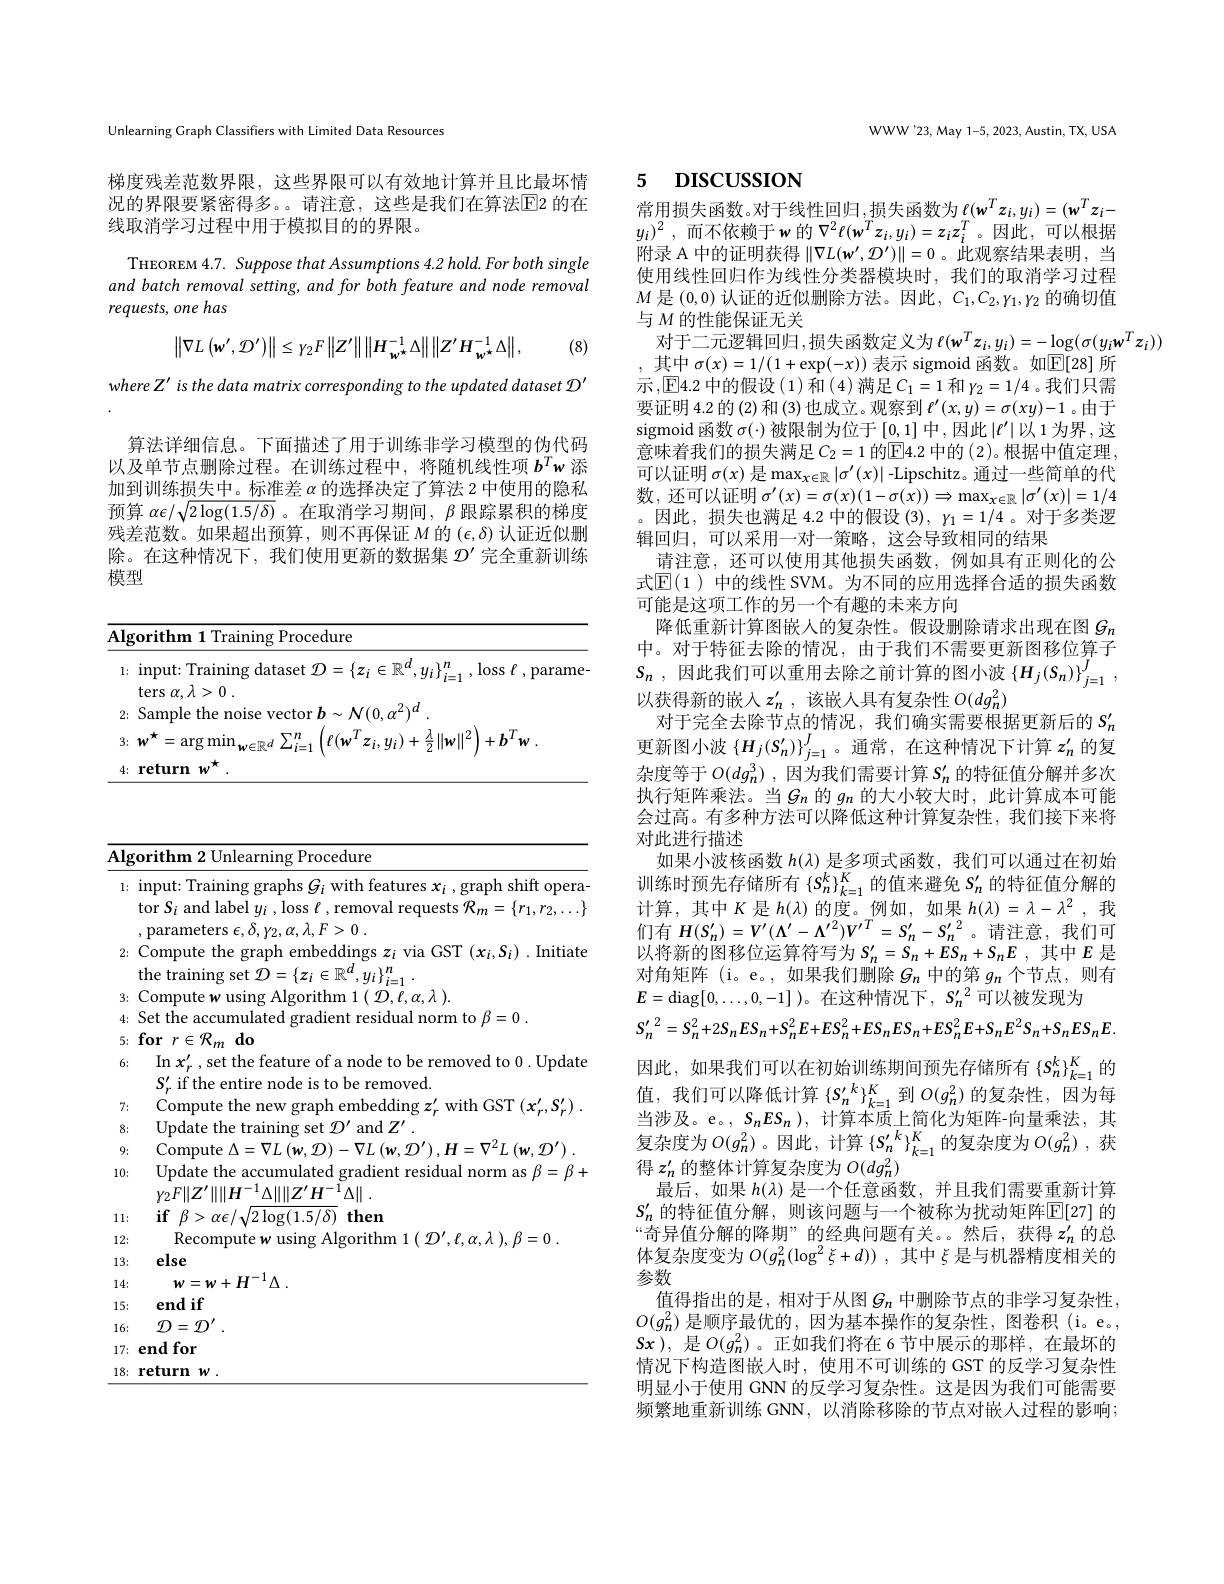
Unlearning Graph Classifiers with Limited Data Resources

梯度残差范数界限，这些界限可以有效地计算并且比最坏情况的界限要紧密得多。。请注意，这些是我们在算法$\overline{\mathrm{E}}$2 的在线取消学习过程中用于模拟目的的界限。

THEOREM 4.7. Suppose that Assumptions 4.2 hold. For both single and batch removal setting, and for both feature and node removal requests, one has

(8)
$$\left\|\nabla L\left(\mathbf{w}',\mathcal{D}'\right)\right\|\leq\gamma_{2}F\left\|Z'\right\|\left\|H_{\mathbf{w}^{\star}}^{-1}\Delta\right\|\left\|Z'H_{\mathbf{w}^{\star}}^{-1}\Delta\right\|,$$
where Z' is the data matrix corresponding to the updated dataset D'

算法详细信息。下面描述了用于训练非学习模型的伪代码以及单节点删除过程。在训练过程中，将随机线性项$b^Tw$添加到训练损失中。标准差$\alpha$的选择决定了算法 2 中使用的隐私预算$\alpha\epsilon/\sqrt{2\log(1.5/\delta)}$ 。在取消学习期间，$\beta$跟踪累积的梯度残差范数。如果超出预算，则不再保证$M$的$(\epsilon,\delta)$认证近似删除。在这种情况下，我们使用更新的数据集$\mathcal{D}^{\prime}$完全重新训练模型

<table>
	<tbody>
		<tr>
			<th>$\overline{\mathbf{Alg}}$</th>
			<th>$[gorithm$ $\textbf{1 Training Procedure}$</th>
		</tr>
		<tr>
			<th>1:</th>
			<th>input: Training dataset $\mathcal{D}=\{z_i\in\mathbb{R}^d,y_i\}_{i=1}^n$, loss $\ell$,parame $\operatorname{ters}\alpha,\lambda>0$</th>
		</tr>
		<tr>
			<td>2:</td>
			<td>Sample f</td>
		</tr>
		<tr>
			<td>3:</td>
			<td>{:} $w^{\star }= \arg \min _{w\in \mathbb{R} ^d}\sum _{i= 1}^{n}$ $. _{1}\left ( \ell ( \boldsymbol{w}^{T}z_{i}, \boldsymbol{u}_{i}) + \frac \lambda 2\| \boldsymbol{w}\| ^{2}\right ) + \boldsymbol{b}^{T}\boldsymbol{w}$ .</td>
		</tr>
		<tr>
			<td>4:</td>
			<td> </td>
		</tr>
	</tbody>
</table>

<table>
	<tbody>
		<tr>
			<th>$\overline{{\mathrm{Alg}}}$</th>
			<th>Procedure orithm</th>
		</tr>
		<tr>
			<td>1:</td>
			<td>input: Training graphs $G_i$ with features $x_i$,graph shift opera tor $S_i$ and label $y_i$ , loss $\ell$ , removal requests $\mathcal{R}_m=\{r_1,r_2,\ldots\}$ parameters $\epsilon , \delta , \gamma _{2}, \alpha , \lambda , F> 0$ .</td>
		</tr>
		<tr>
			<td>2:</td>
			<td>Compute the graph embeddings $z_i$ via GST $(x_i,S_i).$ Initiate the training set $\mathcal{D}=\{z_i\in\mathbb{R}^d,y_i\}$</td>
		</tr>
		<tr>
			<td>3:</td>
			<td>Comnute Alporithm 1$(\mathcal{D},\ell,\alpha,\lambda)$</td>
		</tr>
		<tr>
			<td>4:</td>
			<td>Set th. accumulaten rradien</td>
		</tr>
		<tr>
			<td>5:</td>
			<td>$\textbf{for}r\in \mathcal{R} _{m}\textbf{do}$</td>
		</tr>
		<tr>
			<td>6:</td>
			<td>In $x_r^{\prime}$,set the feature of a node to be removed to 0. Update $S_{r}^{\prime}$ if the entire node is to be removed.</td>
		</tr>
		<tr>
			<td>7:</td>
			<td>Compute the ph embedding $z^{\prime }.$with GST$(x^{\prime}...S$</td>
		</tr>
		<tr>
			<td>8:</td>
			<td>Update the trainin ${\mathbf{f}}{\mathbf{\eta}}$ and$Z^\prime$</td>
		</tr>
		<tr>
			<td>9:</td>
			<td>Compute $\Delta = \nabla L\left ( \boldsymbol{w}, 2\right )$ $:\nabla^{2}/.(w$</td>
		</tr>
		<tr>
			<td>10:</td>
			<td>Update the accumulated gradient residual norm as $\beta=\beta+$ $\gamma _{2}F\| Z^{\prime }\| \| H^{- 1}\Delta \| \| Z^{\prime }H^{- 1}\Delta \|$ .</td>
		</tr>
		<tr>
			<td>11 1: </td>
			<td>$\textbf{if}$ $\beta > \alpha \epsilon / \sqrt {2\log ( 1. 5/ \delta ) }$ then</td>
		</tr>
		<tr>
			<td>12:</td>
			<td>Recomn Algorithr $\eta r\not\in\alpha\wedge k=0$</td>
		</tr>
		<tr>
			<td>13:</td>
			<td>else</td>
		</tr>
		<tr>
			<td>14:</td>
			<td>$w=w$ $+H$ $\Lambda$</td>
		</tr>
		<tr>
			<td>15:</td>
			<td>end if</td>
		</tr>
		<tr>
			<td>16:</td>
			<td>$\mathcal{D}=\mathcal{D}^{\prime}$</td>
		</tr>
		<tr>
			<td>17:</td>
			<td>end for</td>
		</tr>
		<tr>
			<td>18:</td>
			<td>return $1w$</td>
		</tr>
	</tbody>
</table>

WWW'23, May 1-5, 2023, Austin, TX, USA

# 5 DISCUSSION

$M$是(0,0)认证的近似删除方法。因此，$C_1,C_2,Y_1,\gamma_2$的确切值
与$M$的性能保证无关
对于二元逻辑回归，损失函数定义为 $\ell(w^Tz_i,y_i)=-\log(\sigma(y_iw^Tz_i))$

常用损失函数。对于线性回归$,\underset{r}{\operatorname*{\operatorname*{\operatorname*{\text{损失函数为}}}}}\ell(\mathbf{w}^Tz_i,y_i)=(\mathbf{w}^T\mathbf{z}_i-$ $y_i) ^2$ , 而不依赖于$w$ 的 $\nabla^2\ell(\mathbf{w}^Tz_i,y_i)=z_iz_i^T$。因此，可以根据附录 A 中的证明获得$\|\nabla L(\mathbf{w}^{\prime},\mathcal{D}^{\prime})\|=0$ 。此观察结果表明，当使用线性回归作为线性分类器模块时，我们的取消学习过程,其中$\sigma(x)=1/(1+\exp(-x))$表示 sigmoid 函数。如$\mathbb{E}[28]$所示，E4.2 中的假设(1)和(4)满足$C_1=1$ 和 $\gamma_2=1/4$ 。我们只需要证明 4.2 的 (2) 和 (3) 也成立。观察到$\ell^\prime(x,y)=\sigma(xy)-1$ 。由于sigmoid 函数 $\sigma(\cdot)$ 被限制为位于 [0,1] 中 ,因此 $|\ell^\prime|$以 1为界，这意味着我们的损失满足$C_2=1$ 的$\overline{\mathrm{E}}4.2$ 中的 (2)。根据中值定理， 可以证明 $\sigma(x)$ 是$\max_x\in\mathbb{R}\left|\sigma^{\prime}(x)\right|$ -Lipschitz。通过一些简单的代数，还可以证明$\sigma^\prime(x)=\sigma(x)(1-\sigma(x))\Rightarrow\max_{x\in\mathbb{R}}|\sigma^{\prime}(x)|=1/4$ 。因此，损失也满足 4.2 中的假设$(3),\gamma_1=1/4$ 。对于多类逻辑回归，可以采用一对一策略，这会导致相同的结果
请注意，还可以使用其他损失函数，例如具有正则化的公式$\mathbb{E}(1$ )中的线性 SVM。为不同的应用选择合适的损失函数可能是这项工作的另一个有趣的未来方向
降低重新计算图嵌人的复杂性。假设删除请求出现在图$G_{n}$ 中。对于特征去除的情况，由于我们不需要更新图移位算子$S_{n}$ , 因此我们可以重用去除之前计算的图小波$\left \{ H_j( S_n) \right \} _{j= 1}^{J}$ , 以获得新的嵌入$z_n^{\prime}$,该嵌入具有复杂性$O(dg_n^2)$
对于完全去除节点的情况，我们确实需要根据更新后的$S_n^{\prime}$ 更新图小波$\{H_j(S_n^{\prime})\}_{j=1}^J$。通常，在这种情况下计算$z_n^{\prime}$的复杂度等于$O( dg_n^3)$ , 因为我们需要计算$S_n^{\prime}$的特征值分解并多次执行矩阵乘法。当$G_n$ 的$g_n$ 的大小较大时，此计算成本可能会过高。有多种方法可以降低这种计算复杂性，我们接下来将对此进行描述
如果小波核函数$h(\lambda)$是多项式函数，我们可以通过在初始训练时预先存储所有$\{S_n^k\}_{k=1}^K$的值来避免$S_n^{\prime}$的特征值分解的计算，其中$K$是$h(\lambda)$的度。例如，如果$h(\lambda)=\lambda-\lambda^2$ ,我们有$H(S_n^{\prime})=V^{\prime}(\Lambda^{\prime}-\Lambda^{\prime2})V^{\prime T}=S_n^{\prime}-S_n^{\prime}^2$。请注意，我们可以将新的图移位运算符写为$S_n^{\prime}=S_n+ES_n+S_nE$ ,其中$E$是对角矩阵 (i。e。,如果我们删除$g_n$中的第$g_n$个节点，则有$E=$diag$[0,\ldots,0,-1]$)。在这种情况下$,S_n^{\prime}^2$可以被发现为
$S_{n}^{\prime}\:^{2}=S_{n}^{2}+2S_{n}ES_{n}+S_{n}^{2}E+ES_{n}^{2}+ES_{n}ES_{n}+ES_{n}^{2}E+S_{n}E^{2}S_{n}+S_{n}ES_{n}E.$ 因此，如果我们可以在初始训练期间预先存储所有$\{S_n^k\}_{k=1}^K$的值，我们可以降低计算$\{S_n^{\prime}^k\}_{k=1}^K$到$O(g_n^2)$的复杂性，因为每当涉及。e。, $S_nES_n)$,计算本质上简化为矩阵-向量乘法，其复杂度为$O(g_n^{2})$。因此，计算$\left\{S_n^{\prime}^{k}\right\}_{k=1}^{K}$的复杂度为$O(g_n^{2})$,获得$z_n^{\prime}$的整体计算复杂度为$O(dg_n^2)$
最后，如果$h(\lambda)$是一个任意函数，并且我们需要重新计算$S_n^{\prime}$ 的特征值分解，则该问题与一个被称为扰动矩阵$\mathbb{E}[27]$ 的“奇异值分解的降期”的经典问题有关。然后，获得$z_n^{\prime}$的总体复杂度变为$O(g_n^2(\log^2\xi+d))$,其中$\xi$是与机器精度相关的参数
值得指出的是 ,相对于从图$G_n$中删除节点的非学习复杂性， $O(g_n^2)$是顺序最优的，因为基本操作的复杂性，图卷积(i。e。, $Sx$ ),是$O(g_n^2)$。正如我们将在 6 节中展示的那样，在最坏的情况下构造图嵌入时，使用不可训练的 GST 的反学习复杂性明显小于使用 GNN 的反学习复杂性。这是因为我们可能需要频繁地重新训练 GNN,以消除移除的节点对嵌人过程的影响；